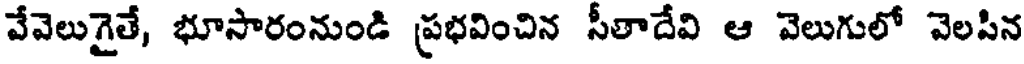
వేవెలుగైతే, భూసారంనుండి ప్రభవించిన సీతాదేవి ఆ వెలుగులో వెలసిన